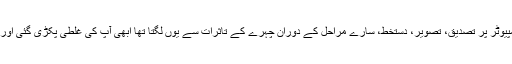
" پھر مختلف سوالات، کمپیوٹر پر تصدیق، تصویر، دستخط، سارے مراحل کے دوران چہرے کے تاثرات سے یوں لگتا تھا ابھی آپ کی غلطی پکڑی گئی اور آپ کو نکال باہر کیا گیا۔